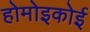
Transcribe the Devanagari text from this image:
होमोइकोई